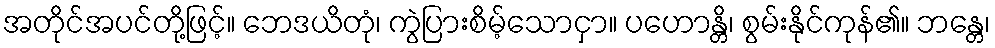
အတိုင်အပင်တို့ဖြင့်။ ဘေဒယိတုံ၊ ကွဲပြားစိမ့်သောငှာ။ ပဟောန္တိ၊ စွမ်းနိုင်ကုန်၏။ ဘန္တေ၊